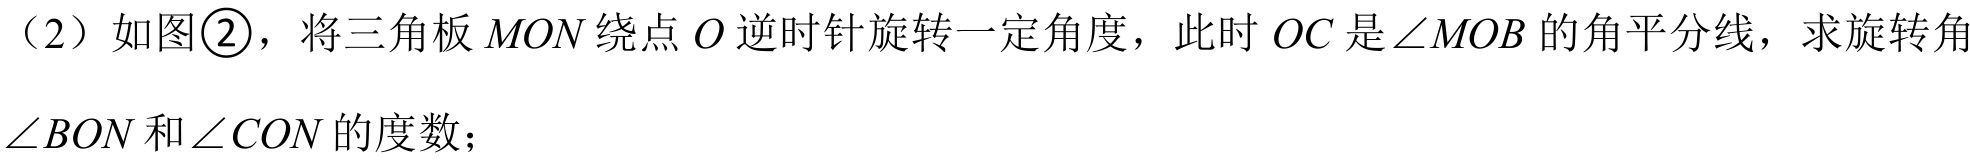
（2）如图\textcircled{2}，将三角板 \(MON\) 绕点 \(O\) 逆时针旋转一定角度，此时 \(OC\) 是 \(\angle MOB\) 的角平分线，求旋转角
\(\angle BON\) 和 \(\angle CON\) 的度数；